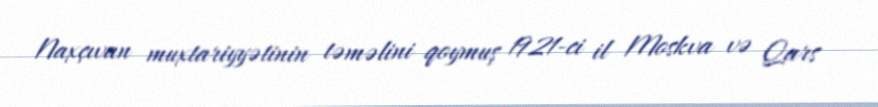
Naxçıvan muxtariyyətinin təməlini qoymuş 1921-ci il Moskva və Qars